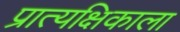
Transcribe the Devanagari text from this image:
प्रात्यक्षिकाला